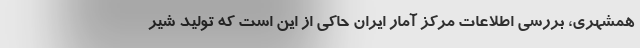
همشهری، بررسی اطلاعات مرکز آمار ایران حاکی از این است که تولید شیر